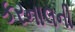
કરનાલની